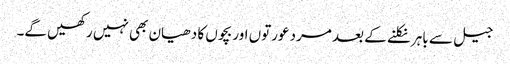
جیل سے باہر نکلنے کے بعد مرد عورتوں اور بچوں کا دھیان بھی نہیں رکھیں گے۔